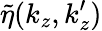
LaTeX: \tilde{\eta}(k_{z},k_{z}^{\prime})